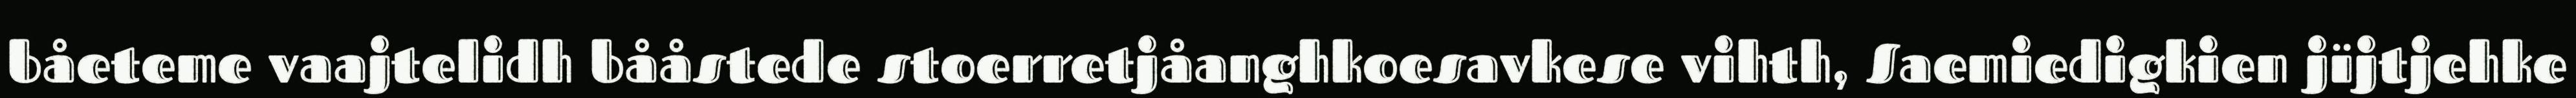
båeteme vaajtelidh bååstede stoerretjåanghkoesavkese vihth, Saemiedigkien jïjtjehke